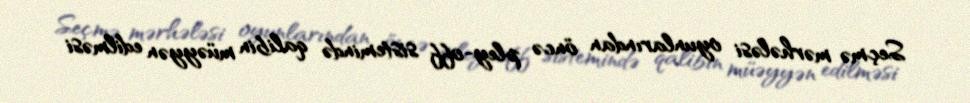
Seçmə mərhələsi oyunlarından öncə pley-off sistemində qalibin müəyyən edilməsi